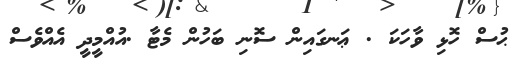
ޙުސް ހޮޅި ވާހަކަ . ޢަނގައިން ސޮނި ބަހުން މެޓާ .އުއްމީދީ އެއްވެސް